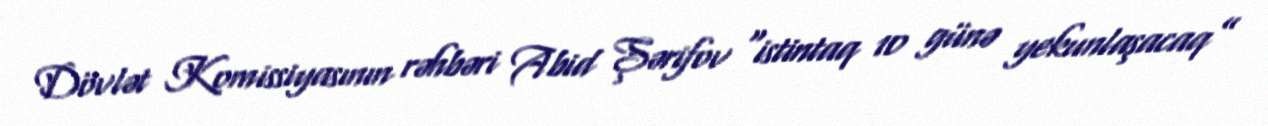
Dövlət Komissiyasının rəhbəri Abid Şərifov “istintaq 10 günə yekunlaşacaq”